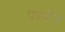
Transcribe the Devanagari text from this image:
पदवीत